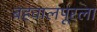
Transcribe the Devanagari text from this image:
बहवालपूरला